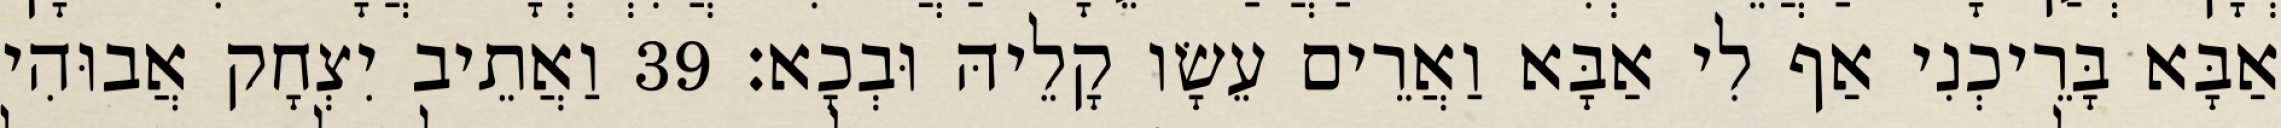
אַבָּא בָּרֵיכְנִי אַף לִי אַבָּא וַאֲרֵים עֵשָׂו קָלֵיהּ וּבְכָא׃ 39 וַאֲתֵיב יִצְחָק אֲבוּהִי